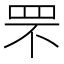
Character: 罘